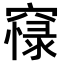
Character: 𥧴